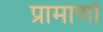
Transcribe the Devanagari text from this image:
प्रामाणों